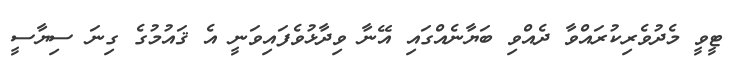
ޓީވީ މެދުވެރިކުރައްވާ ދެއްވި ބަޔާނެއްގައި އޭނާ ވިދާޅުވެފައިވަނީ އެ ޤައުމުގެ ގިނަ ސިޔާސީ